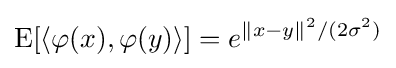
\operatorname {E} [\langle \varphi (x),\varphi (y)\rangle ]=e^{\|x-y\|^{2}/(2\sigma ^{2})}